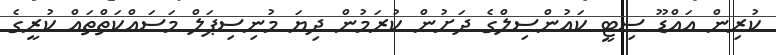
ކުރިން އައްޑޫ ސިޓީ ކައުންސިލްގެ ދަށުން ކުރަމުން ދިޔަ މުނިސިޕަލް މަސައްކަތްތައް ކުރީގެ